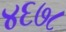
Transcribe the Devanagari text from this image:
४६७८